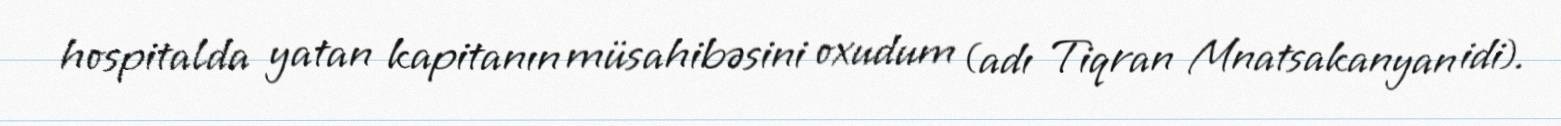
hospitalda yatan kapitanın müsahibəsini oxudum (adı Tiqran Mnatsakanyan idi).